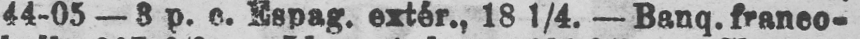
44-05 - 8 p. e. Espag. extèr., 18 1/4. - Banq.franco-